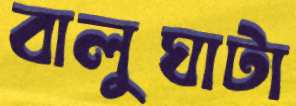
বালুঘাটা